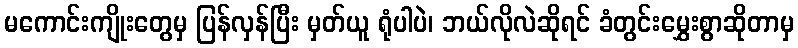
မကောင်းကျိုးတွေမှ ပြန်လှန်ပြီး မှတ်ယူ ရုံပါပဲ၊ ဘယ်လိုလဲဆိုရင် ခံတွင်းမွှေးစွာဆိုတာမှ